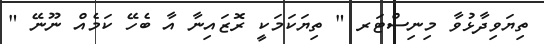
ތިޔަވިދާޅުވާ މިނިސްޓަރ " ތިޔަކަމަކީ ރޮޒައިނާ އާ ބެހޭ ކަމެއް ނޫނޭ "